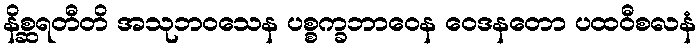
နိစ္ဆရတီတိ အသုဘဝသေန ပစ္စက္ခဘာဝေန ဝေဒနတော ပထဝီစလနံ